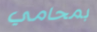
بمحامي